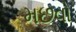
મછવો